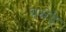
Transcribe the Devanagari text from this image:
बखेड़े